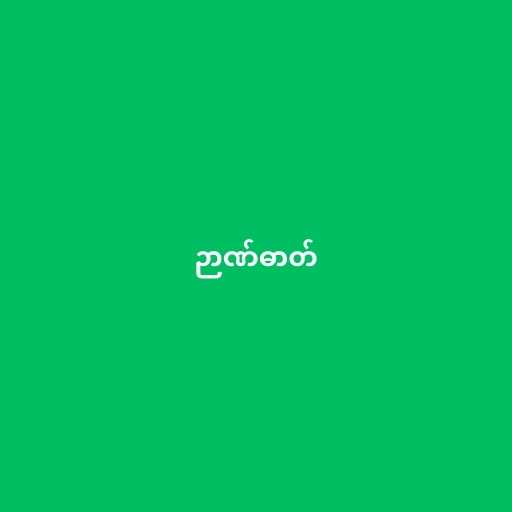
ဉာဏ်ဓာတ်